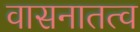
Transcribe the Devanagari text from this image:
वासनातत्व